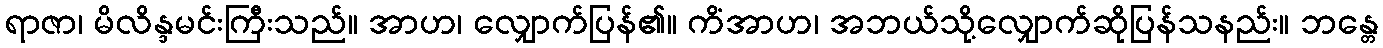
ရာဇာ၊ မိလိန္ဒမင်းကြီးသည်။ အာဟ၊ လျှောက်ပြန်၏။ ကိံအာဟ၊ အဘယ်သို့လျှောက်ဆိုပြန်သနည်း။ ဘန္တေ